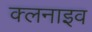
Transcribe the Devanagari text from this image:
क्लनाइव